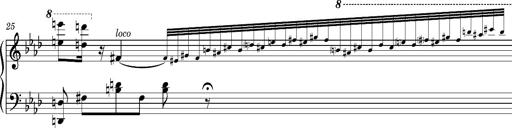
Title: Introduction des Variations sur une marche du SiÃ¨ge de Corinthe, S.421a
Composer: Franz Liszt
Key: F minor